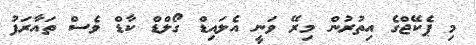
މި ޕެކޭޖްގެ އިތުރުން މިރޭ ވަނީ އެލައިޑް ގޯލްޑް ކާޑް ވެސް ތައާރަފު